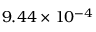
9 . 4 4 \times 1 0 ^ { - 4 }